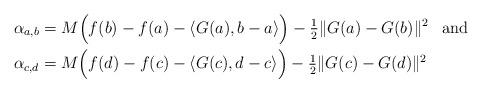
LaTeX: \begin{align*}& \alpha_{a,b} = M \Big ( f(b)-f(a)- \langle G(a), b-a \rangle\Big ) -\tfrac{1}{2}\|G(a)-G(b)\|^2 \,\,\, \textrm{ and }\\& \alpha_{c,d} = M \Big ( f(d)-f(c)- \langle G(c), d-c \rangle \Big ) -\tfrac{1}{2}\|G(c)-G(d)\|^2\end{align*}